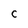
Character: c